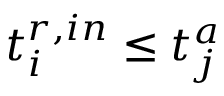
t _ { i } ^ { r , i n } \leq t _ { j } ^ { a }